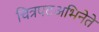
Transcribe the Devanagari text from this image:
चित्रपटअभिनेते